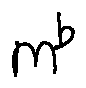
m ^ { b }